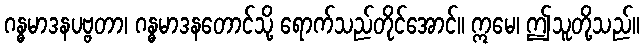
ဂန္ဓမာဒနပဗ္ဗတာ၊ ဂန္ဓမာဒနတောင်သို့ ရောက်သည်တိုင်အောင်။ ဣမေ၊ ဤသူတို့သည်။